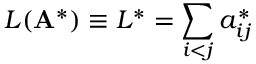
L ( \mathbf { A } ^ { * } ) \equiv L ^ { * } = \sum _ { i < j } a _ { i j } ^ { * }